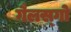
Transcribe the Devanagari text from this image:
गैलस्गो